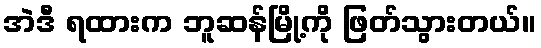
အဲဒီ ရထားက ဘူဆန်မြို့ကို ဖြတ်သွားတယ်။